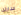
سارك